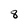
Character: 8